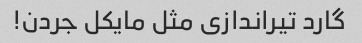
گارد تیراندازی مثل مایکل جردن!